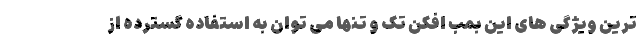
ترین ویژگی های این بمب افکن تک و تنها می توان به استفاده گسترده از